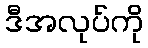
ဒီအလုပ်ကို